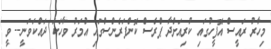
މިހާރު ރައީސް އޮފީހުގައި ކުރިއަށްދާ ޕްރެސް ކޮންފަރެންސްގައި އުމަރު ވާހަކަ ދައްކަވަނީ-- ވީ